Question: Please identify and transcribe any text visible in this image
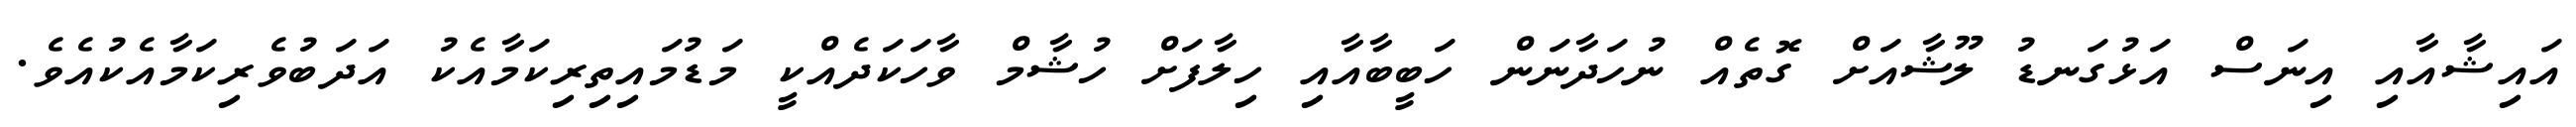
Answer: އައިޝާއާއި އިނަސް އަޅުގަނޑު ލޫޝާއަށް ގޮތެއް ނުހަދާނަން ހަބީބާއާއި ހިލާފަށް ހުޝާމް ވާހަކަދެއްކީ މަޑުމައިތިރިކަމާއެކު އަދަބުވެރިކަމާއެކުއެވެ.